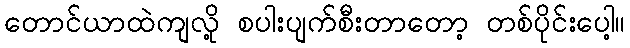
တောင်ယာထဲကျလို့ စပါးပျက်စီးတာတော့ တစ်ပိုင်းပေါ့။